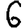
Digit: 6